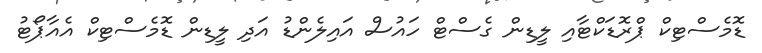
ޑޮމެސްޓިކް ޕްރޮޑަކްޓާއި ލީޑިން ގެސްޓް ހައުސް އައިލެންޑު އަދި ލީޑިން ޑޮމެސްޓިކް އެއާޕޯޓު